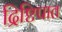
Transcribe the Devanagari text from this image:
द्रिष्टिपात